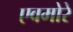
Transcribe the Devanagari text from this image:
एवमोरे